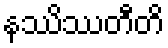
နဿိဿတီတိ